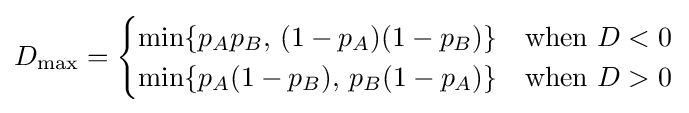
D_{\max }={\begin{cases}\min\{p_{A}p_{B},\,(1-p_{A})(1-p_{B})\}&{\text{when }}D<0\\\min\{p_{A}(1-p_{B}),\,p_{B}(1-p_{A})\}&{\text{when }}D>0\end{cases}}